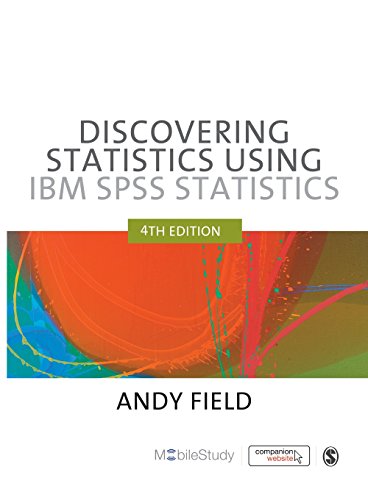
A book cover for Discovering Statistics Using IBM SPSS Statistics, 4th Edition; Andy Field; Computers & Technology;